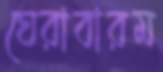
ঘেরাবারম